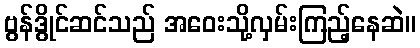
ဗွန်ဒွိုင်ဆင်သည် အဝေးသို့လှမ်းကြည့်နေဆဲ။